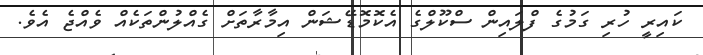
ކައިރީ ހުރި ގަމުގެ ފްލައިން ސްކޫލްގެ އެކޮމޮޑޭޝަން އިމާރާތަށް ގެއްލުންތަކެއް ވެއްޖެ އެވެ.